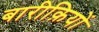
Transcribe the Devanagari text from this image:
बारीक़ियों